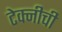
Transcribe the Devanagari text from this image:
टेक्नीची